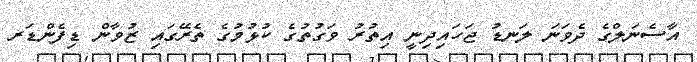
އާސެނަލްގެ ދެވަނަ ލަނޑު ޖަހައިދިނީ އިތުރު ވަގުތުގެ ކުޅުމުގެ ތެރޭގައި ޒުވާން ޑިފެންޑަރ